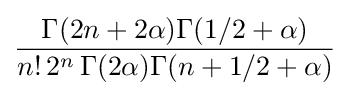
{\frac {\Gamma (2n+2\alpha )\Gamma (1/2+\alpha )}{n!\,2^{n}\,\Gamma (2\alpha )\Gamma (n+1/2+\alpha )}}